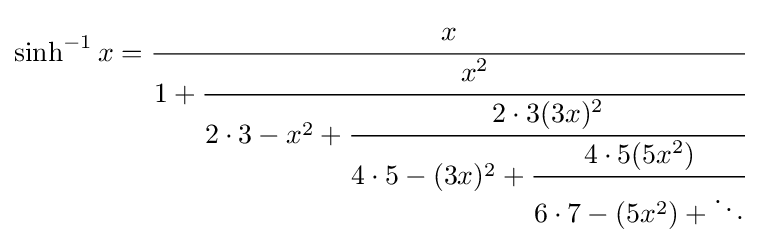
\sinh ^{-1}x={\cfrac {x}{1+{\cfrac {x^{2}}{2\cdot 3-x^{2}+{\cfrac {2\cdot 3(3x)^{2}}{4\cdot 5-(3x)^{2}+{\cfrac {4\cdot 5(5x^{2})}{6\cdot 7-(5x^{2})+\ddots }}}}}}}}